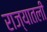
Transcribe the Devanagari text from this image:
राज्यातली